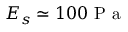
E _ { s } \simeq 1 0 0 \mathrm { ~ P ~ a ~ }